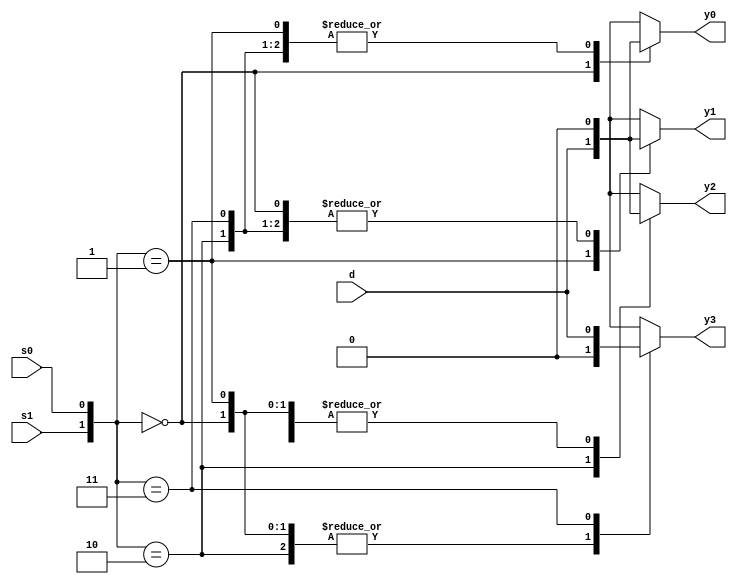
//Good code - style-2
module demux4x1_beh(d,s1,s0,y0,y1,y2,y3);
  input d,s1,s0;
  output reg y0,y1,y2,y3;
  always@*
  case({s1,s0})  //Good coding
  2'b00: begin y0=d; {y1,y2,y3}=3'b000; end
  2'b01: begin y1=d; {y0,y2,y3}=3'b000; end
  2'b10: begin y2=d; {y0,y1,y3}=3'b000; end
  2'b11: begin y3=d; {y0,y1,y2}=3'b000; end
 endcase
endmodule